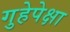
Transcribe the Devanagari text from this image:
गुहेपेक्षा